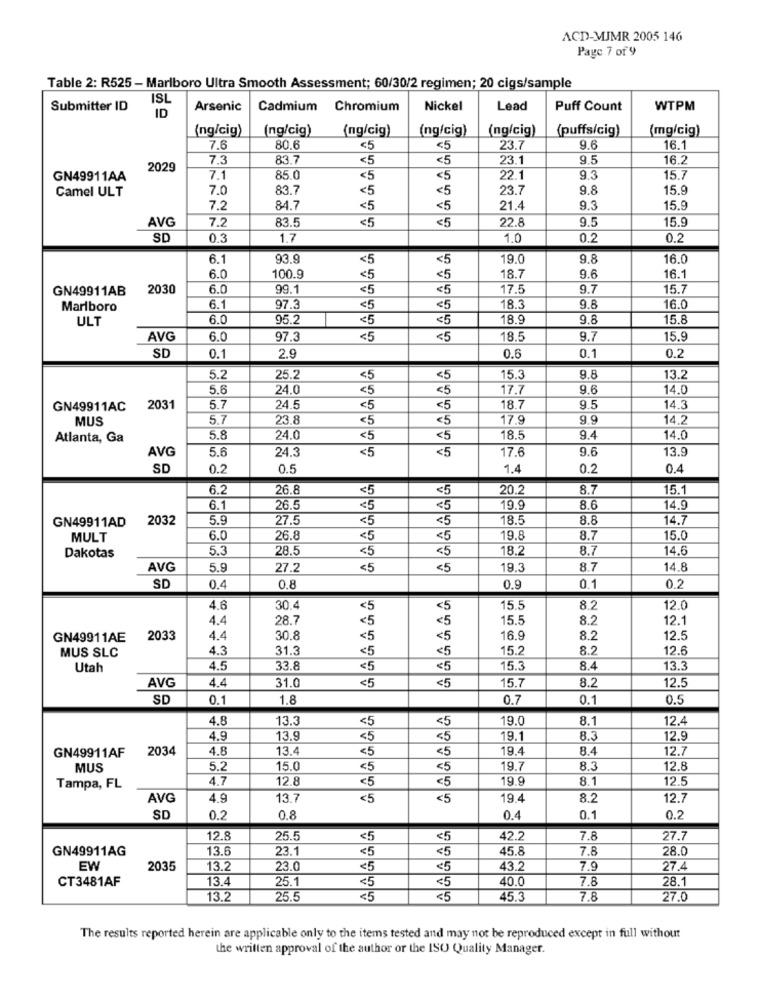
ACD-MJMR 2005 146
Page 7 of 9
Table 2: R525 - Marlboro Ultra Smooth Assessment; 60/30/2 regimen; 20 cigs/sample
ISL
Submitter ID
ID
Arsenic
Cadmium Chromium
Nickel
Lead
Puff Count
WTPM
(ng/cig)
(ng/cig)
(ng/cig)
(ng/cig)
(ng/cig)
(puffs/cig)
(mg/cig)
7.6
80.6
<5
<5
23.7
9.6
16.1
7.3
83.7
<5
<5
23.1
9.5
16.2
2029
GN49911AA
7.1
85.0
<5
<5
22.1
9.3
15.7
Camel ULT
7.0
83.7
<5
<5
23.7
9.8
15.9
7.2
84.7
<5
<5
21.4
9.3
15.9
7.2
83.5
22.8
9.5
15.9
AVG
<5
<5
SD
0.3
1.7
1.0
0.2
0.2
6.1
93.0
<5
<5
19.0
9.8
16.0
6.0
18.7
16 .*
100.9
<5
<5
9.6
GN49911AB
2030
6.0
99.1
<5
<5
17.5
9.7
15.7
Marlboro
6.1
97.3
<5
<5
18.3
9.8
16.0
ULT
6.0
95.2
<5
<5
18.9
9.8
15.8
AVG
6.0
97.3
<5
<5
18.5
9.7
15.9
0.2
SD
0.1
2.9
0.6
0.1
5.2
25.2
<5
<5
15.3
9.8
13.2
5.6
24.0
<5
17.7
9.6
14.0
GN49911AC
2031
5.7
24.5
<5
18.7
9.5
14.3
MUS
5.7
23.8
<5
<5
17.9
9.9
14.2
Atlanta, Ga
5.8
24.0
<5
<5
18.5
9.4
14.0
5.6
<5
17.6
9.6
13.9
AVG
24.3
<5
SD
0.2
0.5
1.4
0.2
0.4
6.2
26.8
<5
<5
20.2
8.7
15.1
6.1
26.5
<5
<5
19.9
8.6
14.9
2032
5.9
27.5
<5
<5
18.5
8.8
14.7
GN 49911AD
MULT
6.0
26.8
<5
<5
19.8
8.7
15.0
Dakotas
5.3
28.5
<5
<5
18.2
8.7
14.6
AVG
5.9
27.2
<5
<5
19.3
8.7
14.8
0.2
SD
0.4
0.8
0.9
0.1
4.6
30.4
<5
15.5
8.2
12.0
4.4
28.7
<5
15,5
8.2
12.1
GN49911AE
2033
4.4
30.8
<5
16.9
8.2
12.5
MUS SLC
4.3
31.3
<5
15.2
8.2
12.6
Utah
4.5
33.8
<5
<5
15.3
8.4
13.3
AVG
4.4
31.0
<5
15.7
8.2
12.5
<5
SD
0.1
1.8
0.7
0.1
0.5
4.8
13.3
<5
<5
19.0
8.1
12.4
4.9
13.9
<5
19.1
8.3
12.9
GN 49911AF
2034
4.8
13.4
<5
<5
19.4
8.4
12.7
MUS
5.2
15.0
<5
<5
19.7
8.3
12.8
4.7
12.8
<5
<5
19.9
8.1
12.5
Tampa, FL
AVG
4.9
13.7
<5
<5
19.4
8.2
12.7
SD
0.2
0.8
0.4
0.1
0.2
12.8
25.5
<5
<5
42.2
7.8
27.7
GN49911AG
13.6
23.1
<5
45.8
7.8
28.0
EW
2035
13.2
23.0
<5
<5
43.2
7.9
27.4
CT3481AF
13.4
<5
40.0
7.8
28.1
25.1
<5
13.2
25.5
<5
₹5
45.3
7.8
27.0
The results reported herein are applicable only to the items tested and may not be reproduced except in full without
the written approval of the author or the ISO Quality Manager.